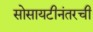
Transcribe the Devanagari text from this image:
सोसायटीनंतरची